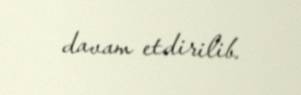
davam etdirilib.